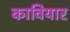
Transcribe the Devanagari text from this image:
कावियार